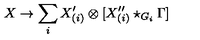
X \to \sum _ { i } X _ { ( i ) } ^ { \prime } \otimes [ X _ { ( i ) } ^ { \prime \prime } \star _ { G _ { i } } \Gamma ]